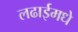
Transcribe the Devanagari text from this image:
लढाईमधे